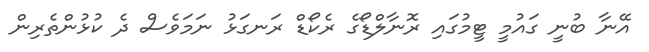
އޭނާ ބުނީ ގައުމީ ޓީމުގައި ރޮނާލްޑޯގެ ރެކޯޑް ރަނގަޅު ނަމަވެސް ދެ ކުޅުންތެރިން